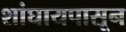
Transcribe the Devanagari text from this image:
शांघायपासून